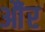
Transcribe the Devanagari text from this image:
औंर